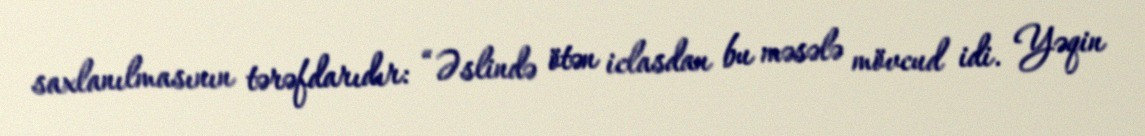
saxlanılmasının tərəfdarıdır: “Əslində ötən iclasdan bu məsələ mövcud idi. Yəqin